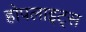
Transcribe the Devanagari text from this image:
होपलाइट्स